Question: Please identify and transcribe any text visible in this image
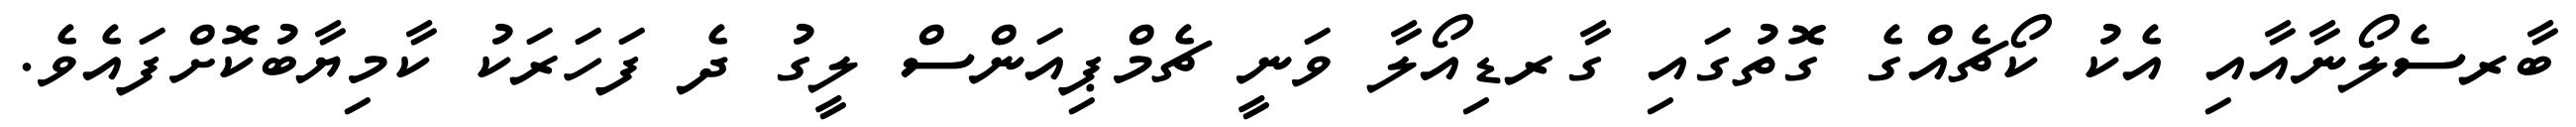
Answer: ބާރސެލޯނާއާއި އެކު ކޯޗެއްގެ ގޮތުގައި ގާރޑިއޯލާ ވަނީ ޗެމްޕިއަންސް ލީގު ދެ ފަހަރަކު ކާމިޔާބުކޮށްފައެވެ.